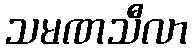
သမဏသီလာ